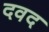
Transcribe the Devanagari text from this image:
दवद